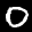
Label: 0